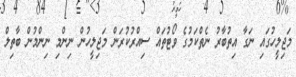
މަޖިލީހުގައި ނަގާ އިތުބާރު ނެތްކަމުގެ ވޯޓުތައް ސިއްރުކުރަން މަޖިލީހުން ނިންމި ނިންމުން ބާތިލް